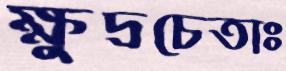
ক্ষুদ্রচেতাঃ